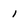
Character: 1